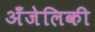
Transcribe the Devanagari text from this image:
अँजेलिकी